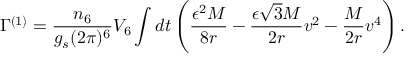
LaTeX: \Gamma ^ { ( 1 ) } = \frac { n _ { 6 } } { g _ { s } ( 2 \pi ) ^ { 6 } } V _ { 6 } \int d t \left( \frac { \epsilon ^ { 2 } M } { 8 r } - \frac { \epsilon \sqrt { 3 } M } { 2 r } v ^ { 2 } - \frac { M } { 2 r } v ^ { 4 } \right) .